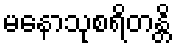
မနောသုစရိတန္တိ